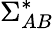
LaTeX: \Sigma_{AB}^{*}